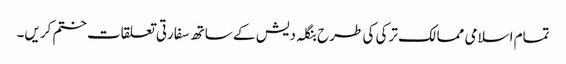
تمام اسلامی ممالک ترکی کی طرح بنگلہ دیش کے ساتھ سفارتی تعلقات ختم کریں۔